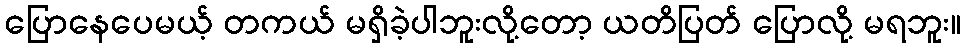
ပြောနေပေမယ့် တကယ် မရှိခဲ့ပါဘူးလို့တော့ ယတိပြတ် ပြောလို့ မရဘူး။